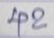
42